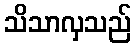
သိသာလှသည်